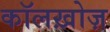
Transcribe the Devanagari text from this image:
कॉलख़ोज़